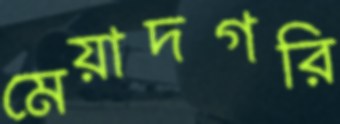
মেয়াদগরি